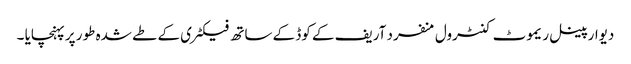
دیوار پینل ریموٹ کنٹرول منفرد آریف کے کوڈ کے ساتھ فیکٹری کے طے شدہ طور پر پہنچایا ۔